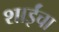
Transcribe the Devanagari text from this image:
शाईंचा